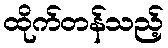
ထိုက်တန်သည့်